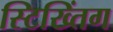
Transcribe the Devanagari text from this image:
स्टिख्तिंग